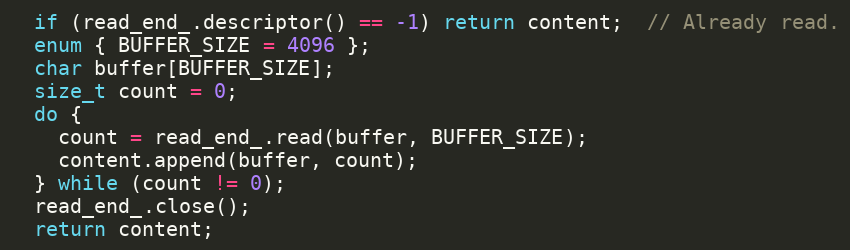
Language: C++
  if (read_end_.descriptor() == -1) return content;  // Already read.
  enum { BUFFER_SIZE = 4096 };
  char buffer[BUFFER_SIZE];
  size_t count = 0;
  do {
    count = read_end_.read(buffer, BUFFER_SIZE);
    content.append(buffer, count);
  } while (count != 0);
  read_end_.close();
  return content;